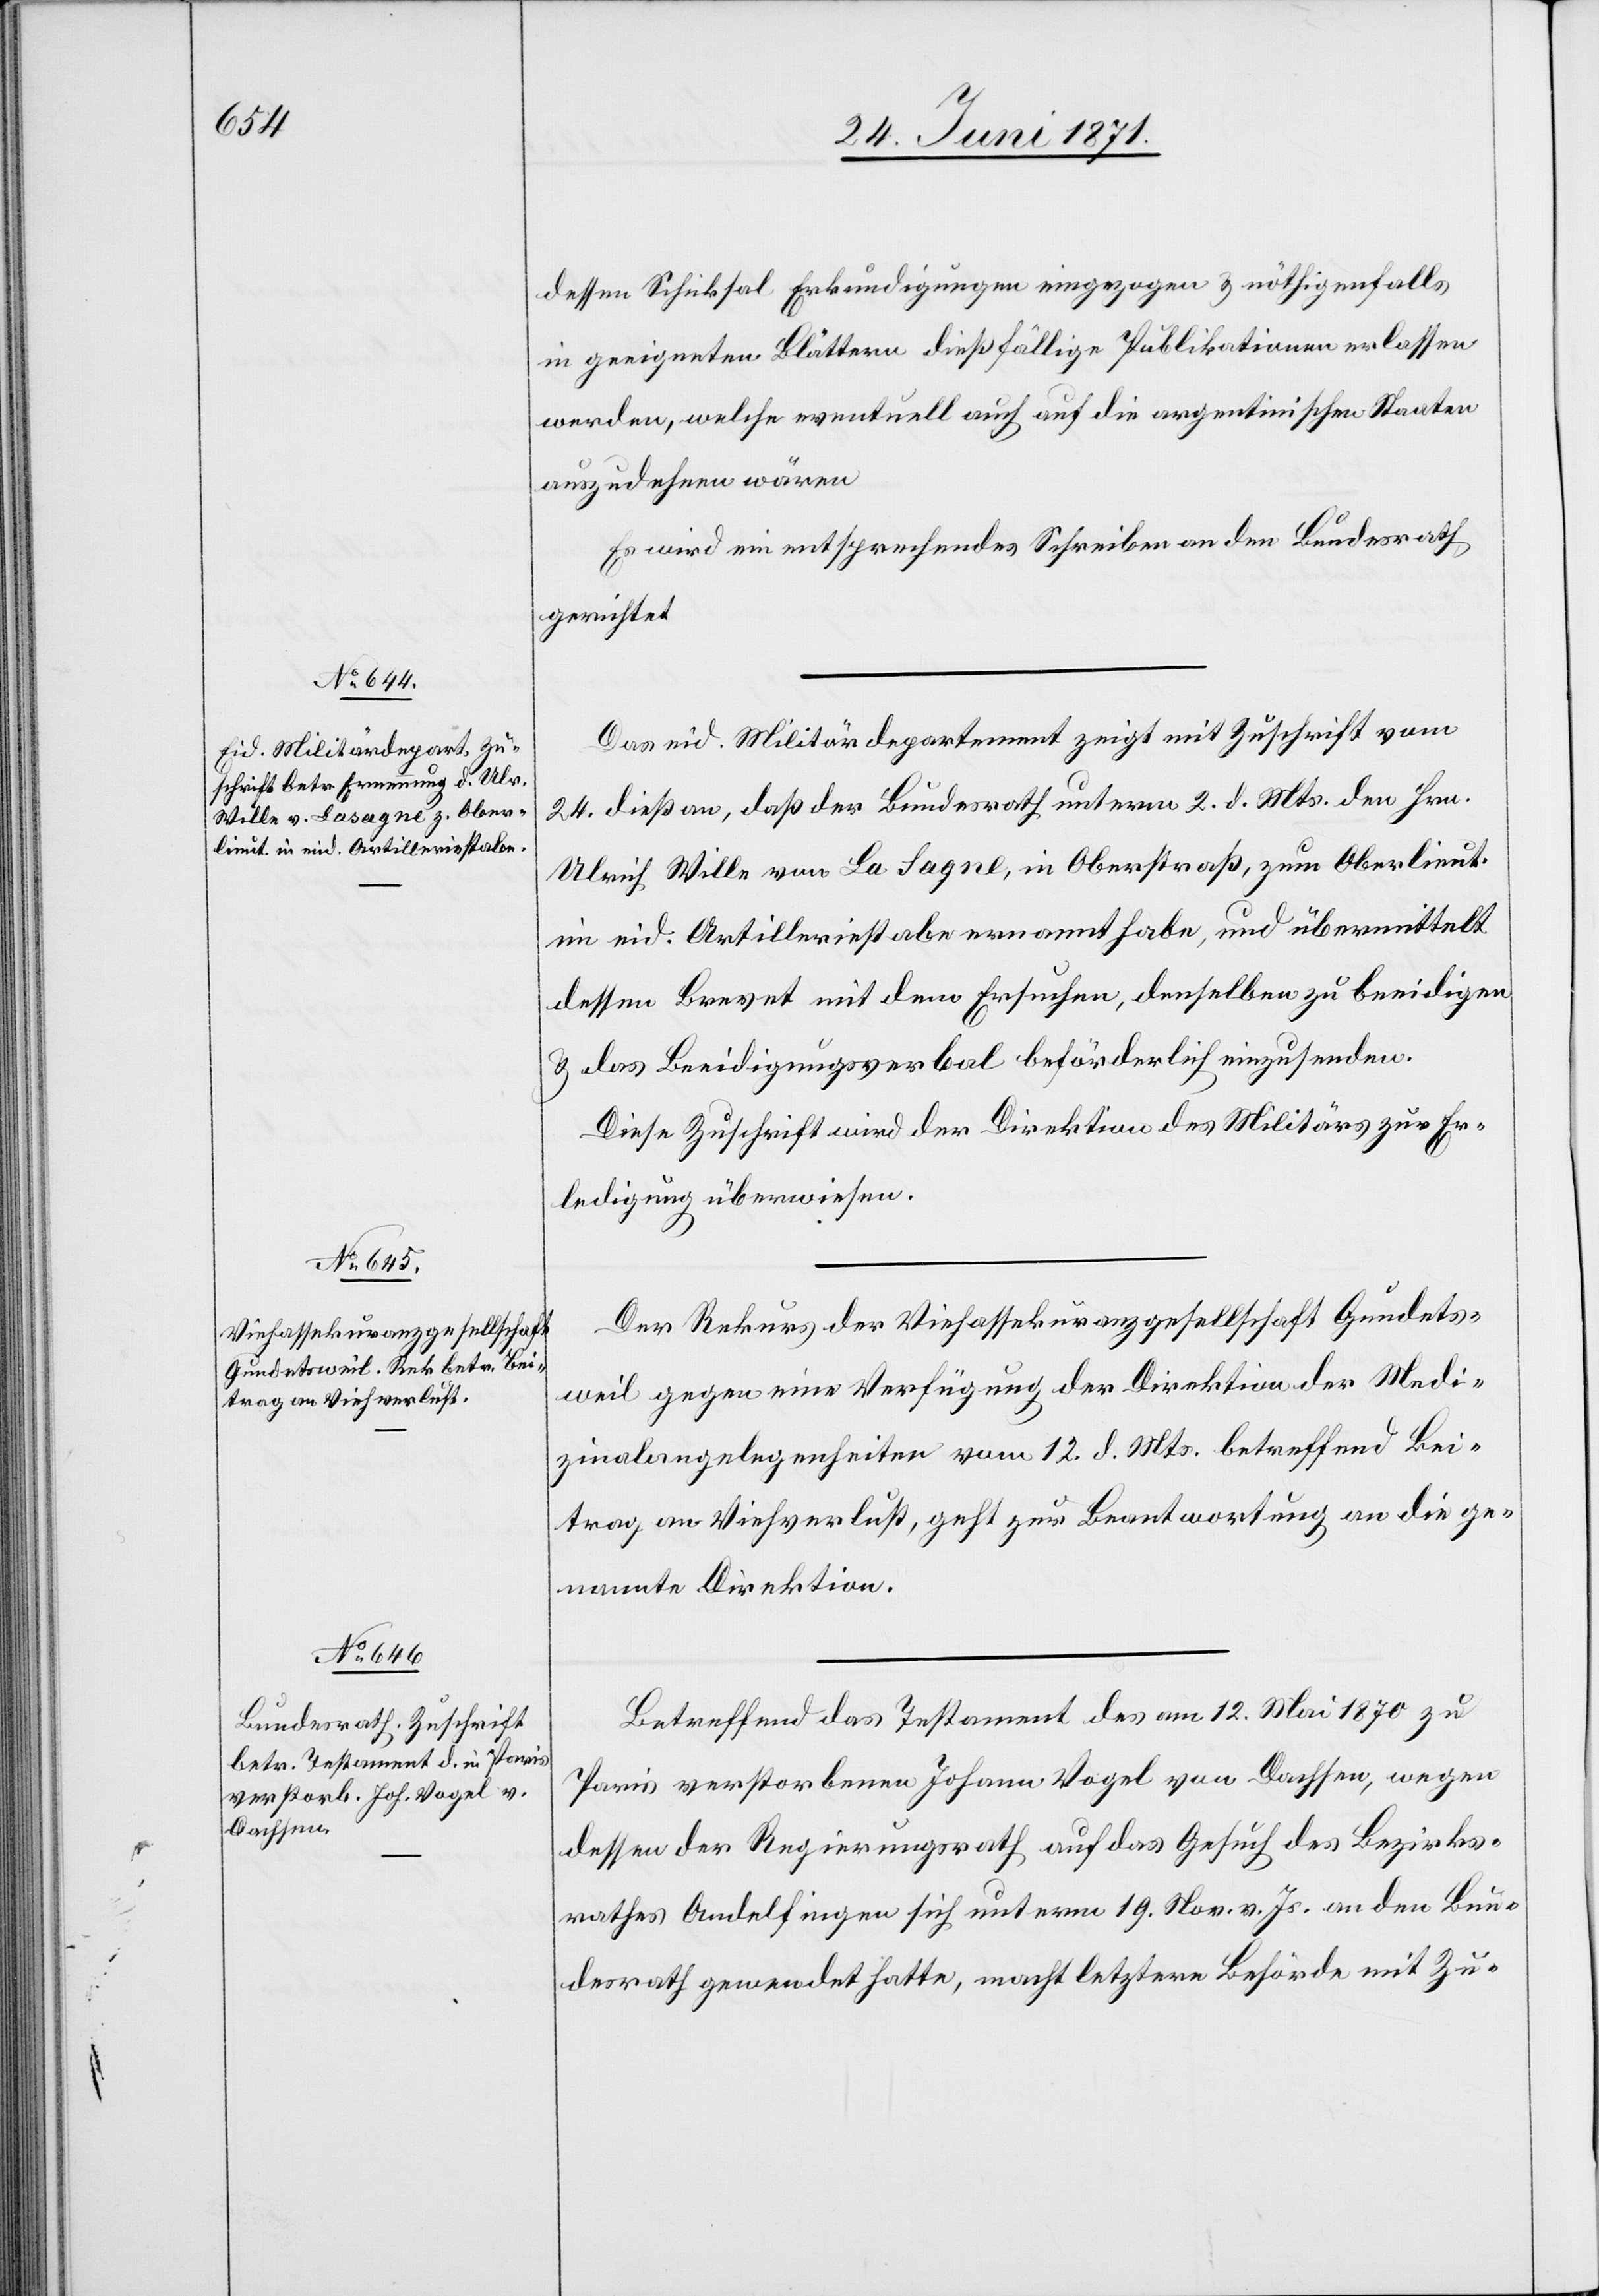
26. Juni 1871.]
dessen Schicksal Erkundigungen eingezogen u. nöthigenfalls
in geeigneten Blättern dießfällige Publikationen erlassen
werden, welche eventuell auch auf die argentinischen Staaten
auszudehnen wären.
Es wird ein entsprechendes Schreiben an den Bundesrath
gerichtet.
Das eid. Militärdepartement zeigt mit Zuschrift vom
24. dieß an, daß der Bundesrath unterm 2. d. Mts. den Hrn.
Ulrich Wille von La Sagne, in Oberstraß, zum Oberlieut.
im eid. Artilleriestabe ernannt habe, und übermittelt
dessen Brevet mit dem Ersuchen, denselben zu beeidigen
u. das Beeidigungsverbal beförderlich einzusenden.
Diese Zuschrift wird der Direktion des Militärs zur Er¬
ledigung überwiesen.
Der Rekurs der Viehassekuranzgesellschaft Gundets¬
weil gegen eine Verfügung der Direktion der Medi¬
zinalangelegenheiten vom 12. d. Mts. betreffend Bei¬
trag an Viehverlust, geht zur Beantwortung an die ge¬
nannte Direktion.
Betreffend das Testament des am 12. Mai 1870 zu
Paris verstorbenen Johann Vogel von Dachsen, wegen
dessen der Regierungsrath auf das Gesuch des Bezirks¬
rathes Andelfingen sich unterm 19. Nov. v. Js. an den Bun¬
desrath gewendet hat, macht letztere Behörde mit Zu-